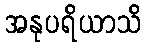
အနုပရိယာသိ